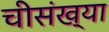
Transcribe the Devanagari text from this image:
चीसंख्या